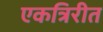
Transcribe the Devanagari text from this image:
एकत्रिरीत